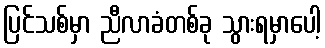
ပြင်သစ်မှာ ညီလာခံတစ်ခု သွားရမှာပေါ့